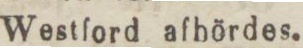
Westford afhördes.